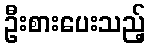
ဦးစားပေးသည့်